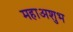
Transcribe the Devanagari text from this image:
महाअशुभ